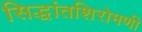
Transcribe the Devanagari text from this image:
सिद्धांतशिरोमणी